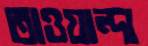
তাওয়ান্দা